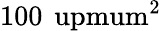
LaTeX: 100\, \mathrm{\ upmum^{2}}